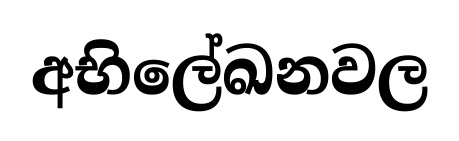
අභිලේඛනවල